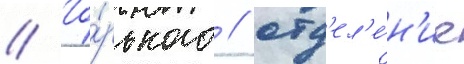
// Го́рького / отд'ел'е́н'ие